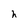
Character: h